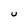
Character: U